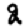
Digit: 2